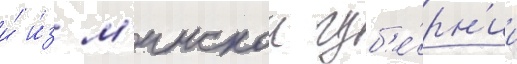
и́ и́з м'инскои губ'е́рн'ии